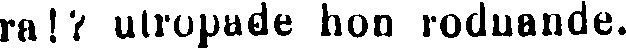
ra!? utropade hon rodnande.